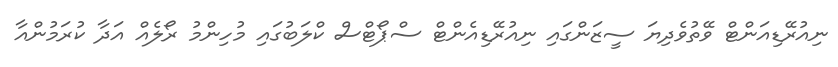
ނިއުރޭޑިއަންޓް ވޭތުވެދިޔަ ސީޒަންގައި ނިއުރޭޑިއެންޓް ސްޕޯޓްސް ކްލަބުގައި މުހިންމު ރޯލެއް އަދާ ކުރަމުންއާ